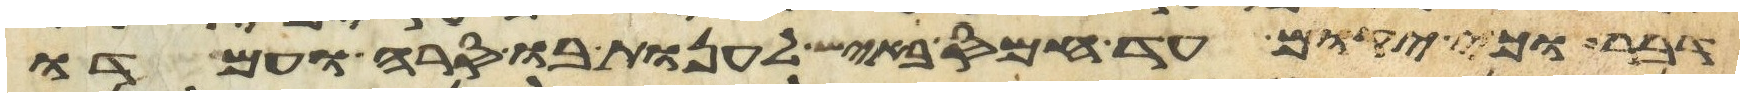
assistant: דבר וכי יקום עד חמס באיש לענות בו סרה ועמדו